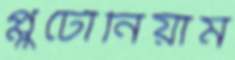
প্লুটোনিয়াম